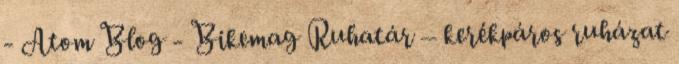
- Atom Blog - Bikemag Ruhatár – kerékpáros ruházat